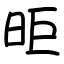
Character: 昛